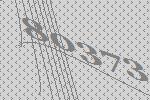
80373